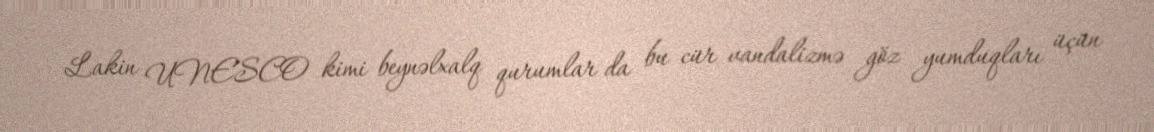
Lakin UNESCO kimi beynəlxalq qurumlar da bu cür vandalizmə göz yumduqları üçün